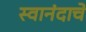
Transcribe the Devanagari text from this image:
स्वानंदाचे